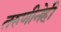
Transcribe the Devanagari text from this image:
तरुणीनेही